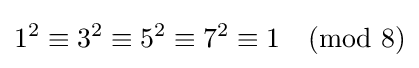
1^{2}\equiv 3^{2}\equiv 5^{2}\equiv 7^{2}\equiv 1{\pmod {8}}